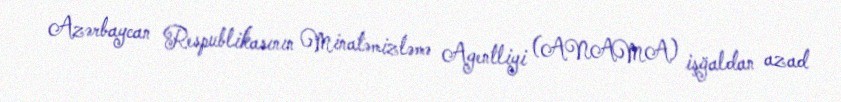
Azərbaycan Respublikasının Minatəmizləmə Agentliyi (ANAMA) işğaldan azad